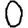
Digit: 0